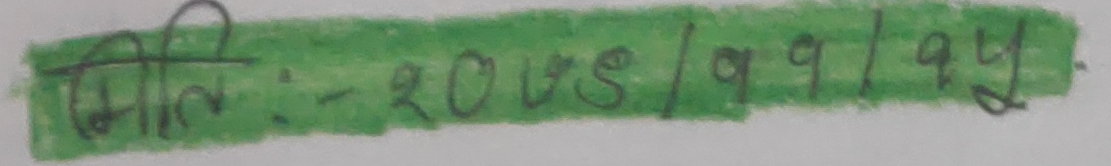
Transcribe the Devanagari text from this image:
मिति:-२०७८/११/१५